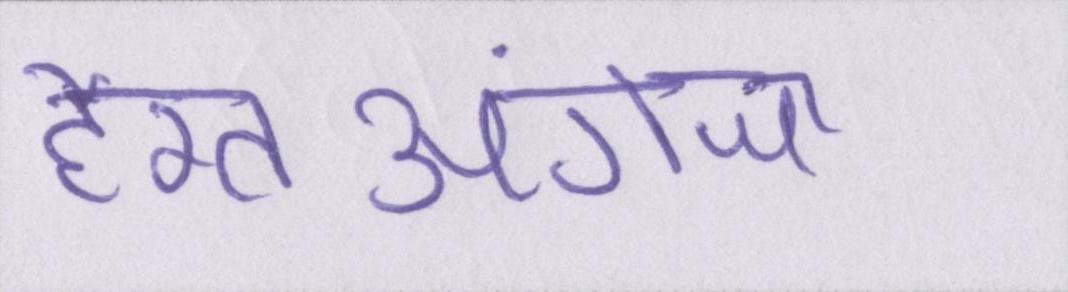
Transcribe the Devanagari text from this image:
हैरतअंगेज